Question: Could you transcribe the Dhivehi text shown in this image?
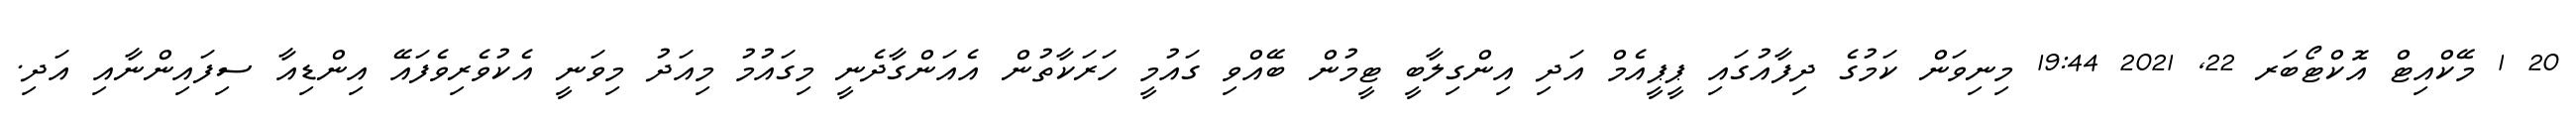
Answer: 20 1 މޭކްއިޓް އޮކްޓޯބަރ 22, 2021 19:44 މިނިވަން ކަމުގެ ދިފާއުގައި ޕީޕީއެމް އަދި އިންގިލާބީ ޓީމުން ބޭއްވި ގައުމީ ހަރަކާތުން އެއަންގާދެނީ މިގައުމު މިއަދު މިވަނީ އެކުވެރިވެފައޭ އިންޑިއާ ސިފައިންނާއި އަދި.